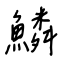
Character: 鱗